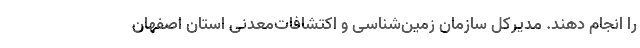
را انجام دهند. مدیرکل سازمان زمین‌شناسی و اکتشافات‌معدنی استان اصفهان